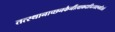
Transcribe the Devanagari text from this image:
तत्स्थानाच्छनकैर्नीत्वाकदाचिज्जाह्नवीजले